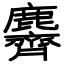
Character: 麡